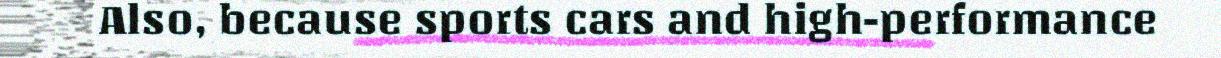
Also, because sports cars and high-performance